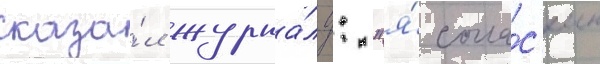
сказа́л журна́лу: "я́ согла́с'ен